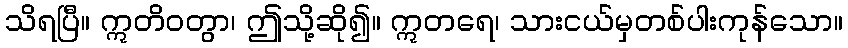
သိရပြီ။ ဣတိဝတွာ၊ ဤသို့ဆို၍။ ဣတရေ၊ သားငယ်မှတစ်ပါးကုန်သော။